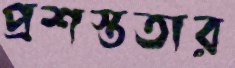
প্রশস্ততার